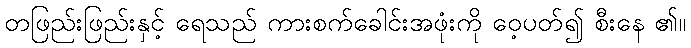
တဖြည်းဖြည်းနှင့် ရေသည် ကားစက်ခေါင်းအဖုံးကို ဝေ့ပတ်၍ စီးနေ ၏။